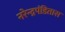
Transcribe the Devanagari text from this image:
नरेन्द्रपंडितास